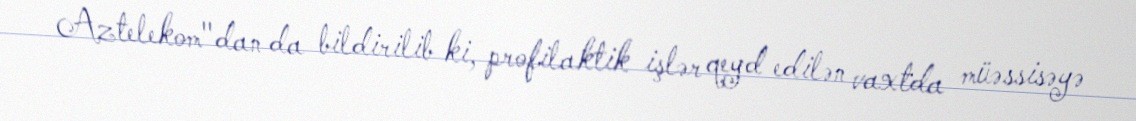
Aztelekom"dan da bildirilib ki, profilaktik işlər qeyd edilən vaxtda müəssisəyə